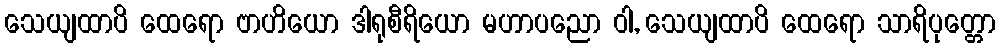
သေယျထာပိ ထေရော ဗာဟိယော ဒါရုစီရိယော မဟာပညော ဝါ, သေယျထာပိ ထေရော သာရိပုတ္တော